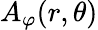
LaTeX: A_{\varphi}(r,\theta)